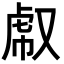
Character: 𧆤